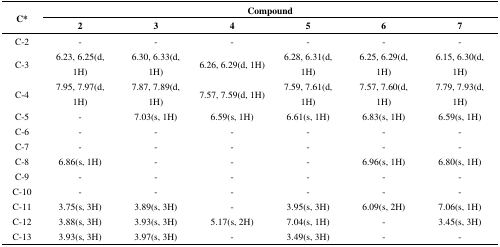
<table><thead><tr><td rowspan="2"><b>C*</b></td><td colspan="6"><b>Compound</b></td></tr><tr><td><b>2</b></td><td><b>3</b></td><td><b>4</b></td><td><b>5</b></td><td><b>6</b></td><td><b>7</b></td></tr></thead><tbody><tr><td>C-2</td><td>-</td><td>-</td><td>-</td><td>-</td><td>-</td><td>-</td></tr><tr><td>C-3</td><td>6.23, 6.25(d, 1H)</td><td>6.30, 6.33(d, 1H)</td><td>6.26, 6.29(d, 1H)</td><td>6.28, 6.31(d, 1H)</td><td>6.25, 6.29(d, 1H)</td><td>6.15, 6.30(d, 1H)</td></tr><tr><td>C-4</td><td>7.95, 7.97(d, 1H)</td><td>7.87, 7.89(d, 1H)</td><td>7.57, 7.59(d, 1H)</td><td>7.59, 7.61(d, 1H)</td><td>7.57, 7.60(d, 1H)</td><td>7.79, 7.93(d, 1H)</td></tr><tr><td>C-5</td><td>-</td><td>7.03(s, 1H)</td><td>6.59(s, 1H)</td><td>6.61(s, 1H)</td><td>6.83(s, 1H)</td><td>6.59(s, 1H)</td></tr><tr><td>C-6</td><td>-</td><td>-</td><td>-</td><td>-</td><td>-</td><td>-</td></tr><tr><td>C-7</td><td>-</td><td>-</td><td>-</td><td>-</td><td>-</td><td>-</td></tr><tr><td>C-8</td><td>6.86(s, 1H)</td><td>-</td><td>-</td><td>-</td><td>6.96(s, 1H)</td><td>6.80(s, 1H)</td></tr><tr><td>C-9</td><td>-</td><td>-</td><td>-</td><td>-</td><td>-</td><td>-</td></tr><tr><td>C-10</td><td>-</td><td>-</td><td>-</td><td>-</td><td>-</td><td>-</td></tr><tr><td>C-11</td><td>3.75(s, 3H)</td><td>3.89(s, 3H)</td><td>-</td><td>3.95(s, 3H)</td><td>6.09(s, 2H)</td><td>7.06(s, 1H)</td></tr><tr><td>C-12</td><td>3.88(s, 3H)</td><td>3.93(s, 3H)</td><td>5.17(s, 2H)</td><td>7.04(s, 1H)</td><td>-</td><td>3.45(s, 3H)</td></tr><tr><td>C-13</td><td>3.93(s, 3H)</td><td>3.97(s, 3H)</td><td>-</td><td>3.49(s, 3H)</td><td>-</td><td>-</td></tr></tbody></table>